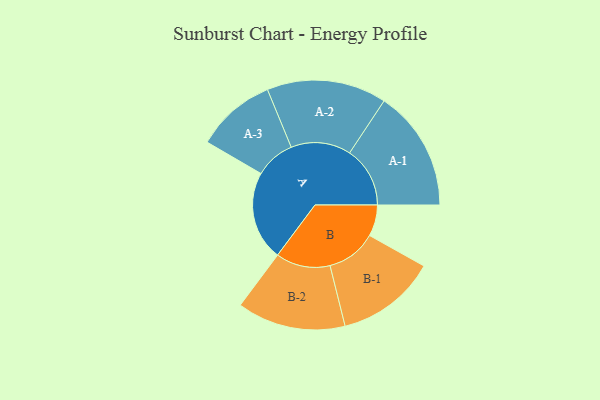
{"axis": {"x": "Segment", "y": "Value"}, "legend": ["", "A", "B"], "data": [{"x": "A", "y": 337, "type": ""}, {"x": "B", "y": 118, "type": ""}, {"x": "A-1", "y": 228, "type": "A"}, {"x": "A-2", "y": 226, "type": "A"}, {"x": "A-3", "y": 151, "type": "A"}, {"x": "B-1", "y": 189, "type": "B"}, {"x": "B-2", "y": 205, "type": "B"}]}